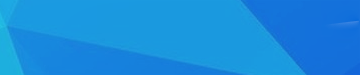
BestPrices